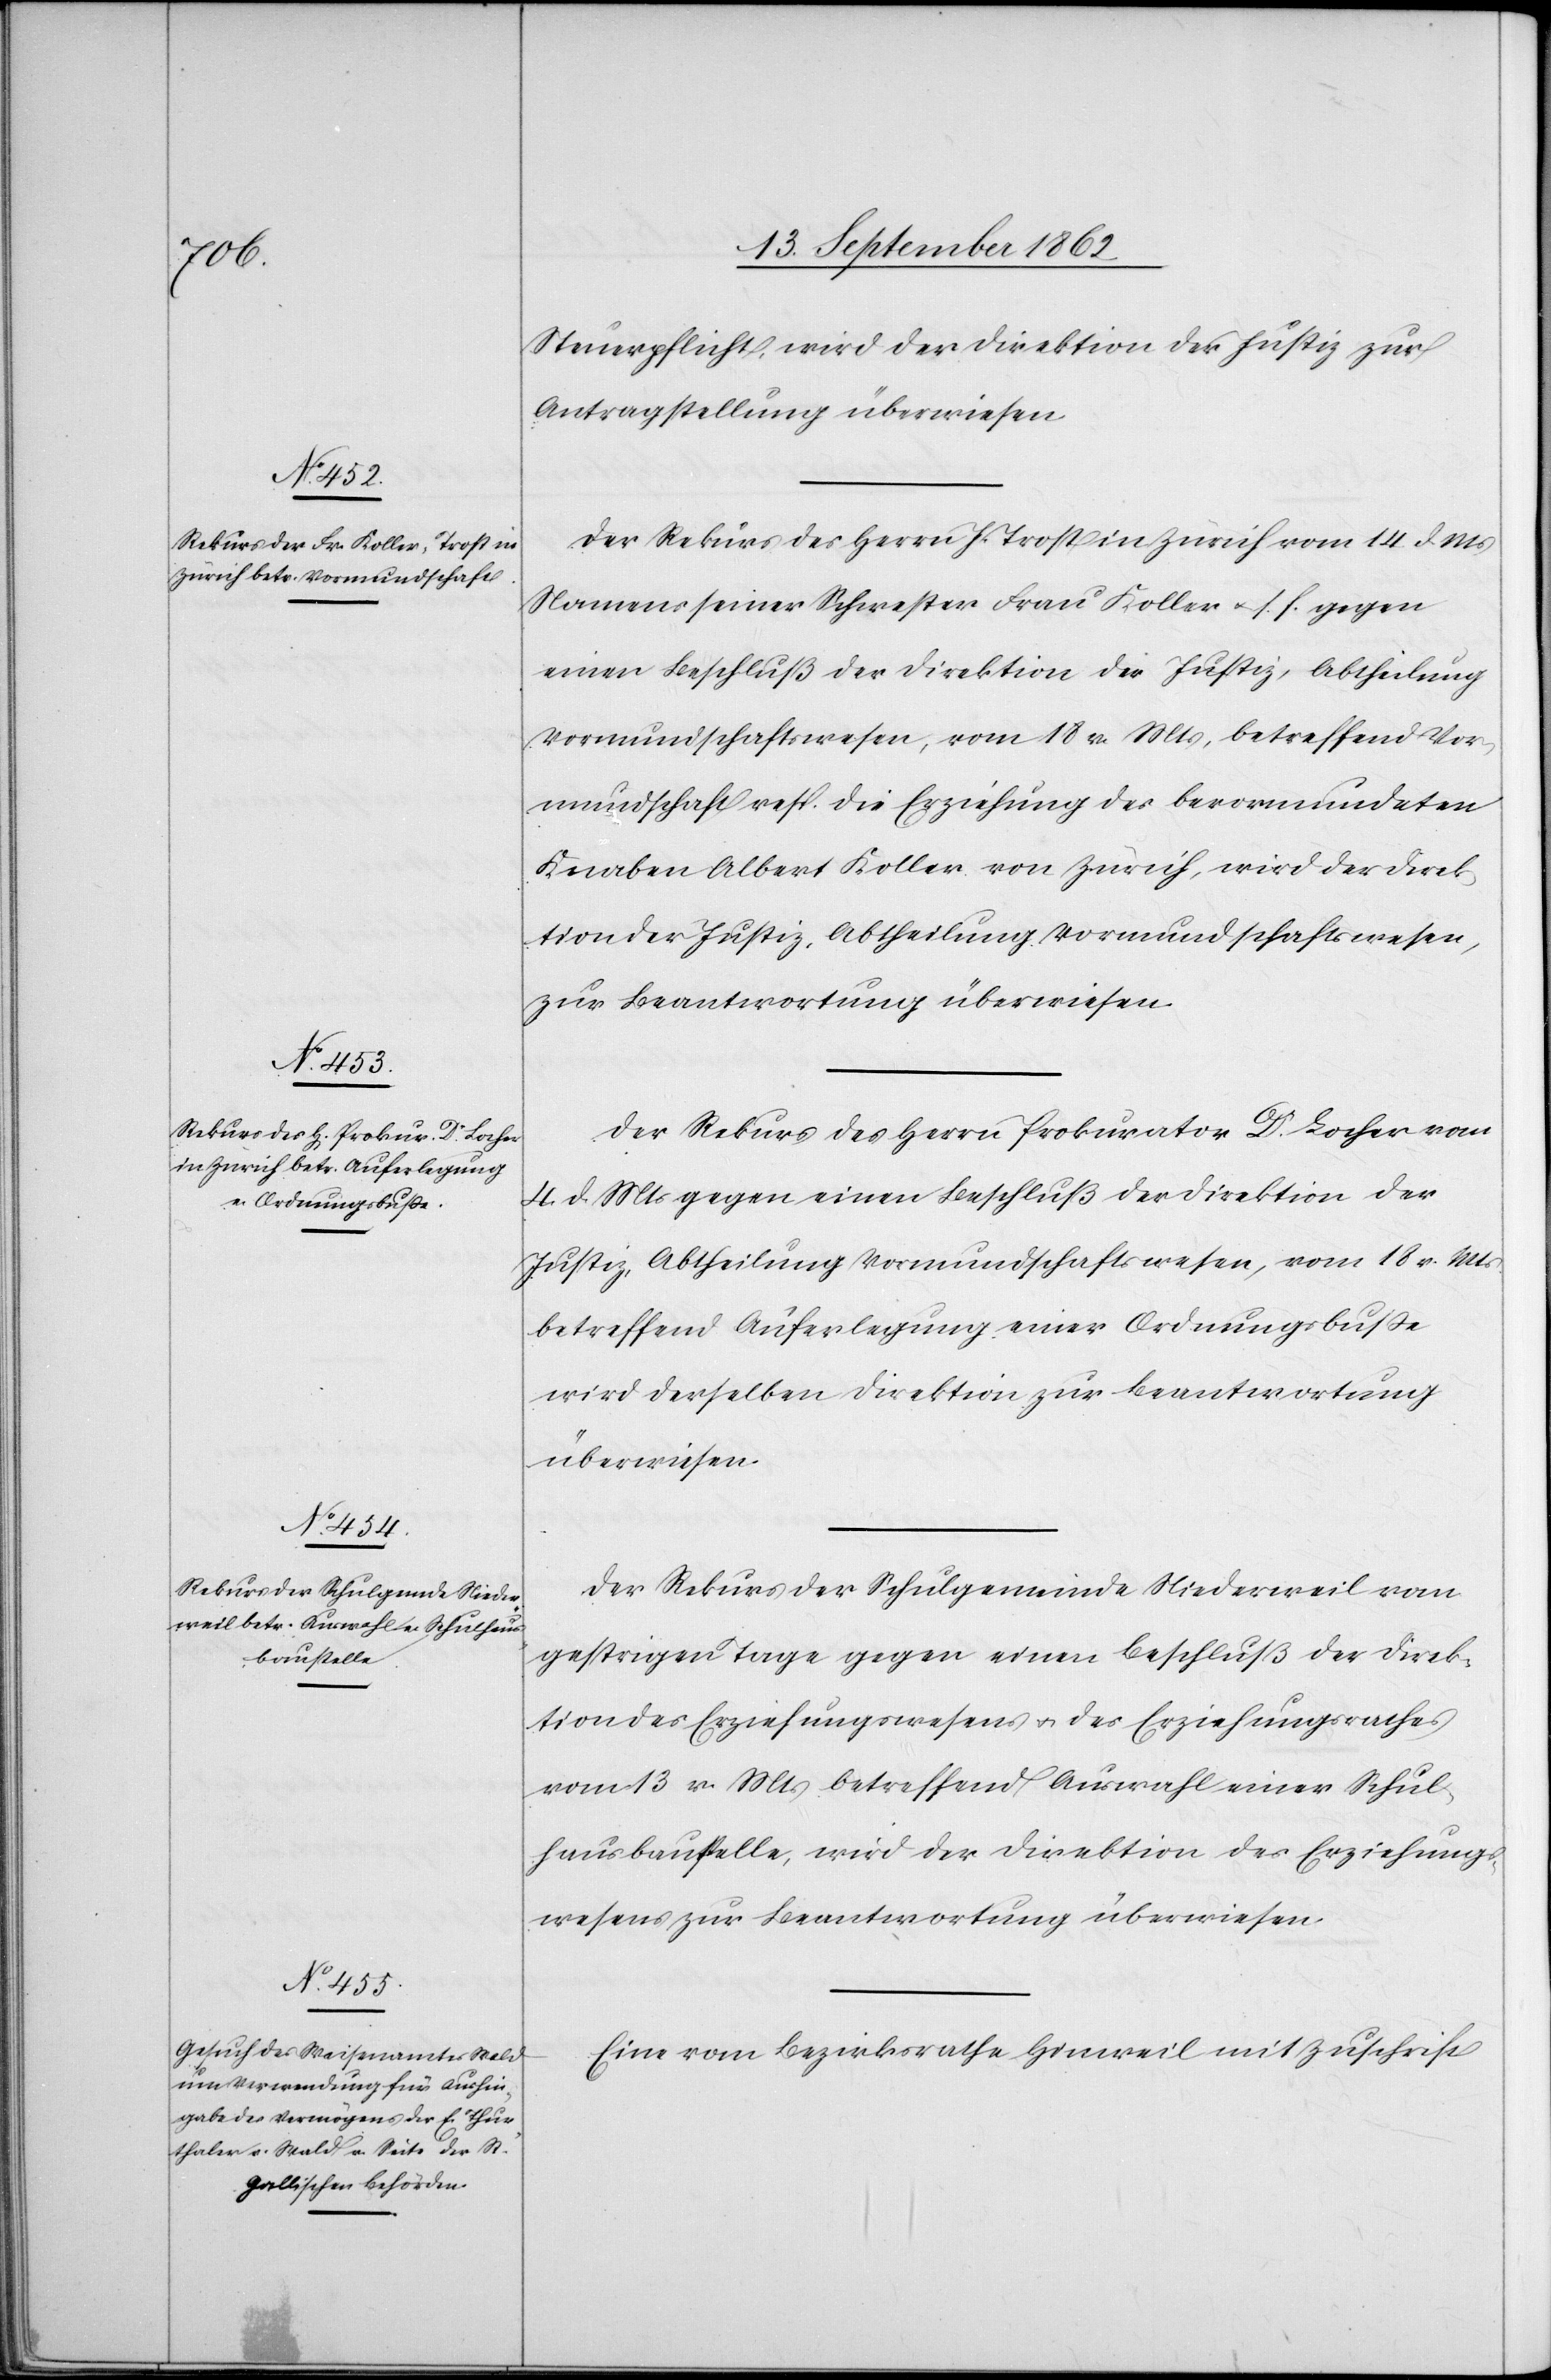
16. September 1862.]
Steuerpflicht, wird der Direktion der Justiz zur
Antragstellung überwiesen.
Der Rekurs des Herrn J. Trost in Zürich vom 14. d. Mts.
Namens seiner Schwester Frau Koller u. s. f. gegen
einen Beschluß der Direktion der Justiz, Abheilung
Vormundschaftswesen, vom 18. v. Mts, betreffend Vor¬
mundschaft resp. die Erziehung des bevormundeten
Knaben Albert Koller von Zürich, wird der Direk¬
tion der Justiz, Abtheilung Vormundschaftswesen,
zur Beantwortung überwiesen.
Der Rekurs des Herrn Prokurator Dr. Locher vom
4. d. Mts. gegen einen Beschluß der Direktion der
Justiz, Abtheilung Vormundschaftswesen, vom 18. v. Mts.
betreffend Auferlegung einer Ordnungsbuße
wird derselben Direktion zur Beantwortung
überwiesen.
Der Rekurs der Schulgemeinde Niederweil vom
gestrigen Tage gegen einen Beschluß der Direk¬
tion des Erziehungswesens u. des Erziehungsrathes
vom 13. v. Mts. betreffend Auswahl einer Schul¬
hausbaustelle, wird der Direktion des Erziehungs¬
wesens zur Beantwortung überwiesen.
Eine vom Bezirksrathe Hinweil mit Zuschrift